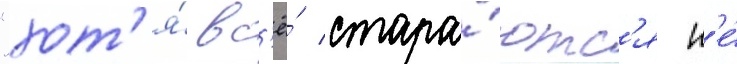
"хот'я́ вс'ё́ стара́ютс'я н'е́